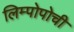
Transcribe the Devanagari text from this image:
लिम्पोपोची